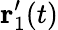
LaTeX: \mathbf{r}_{1}^{\prime}(t)